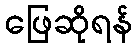
ဖြေဆိုရန်